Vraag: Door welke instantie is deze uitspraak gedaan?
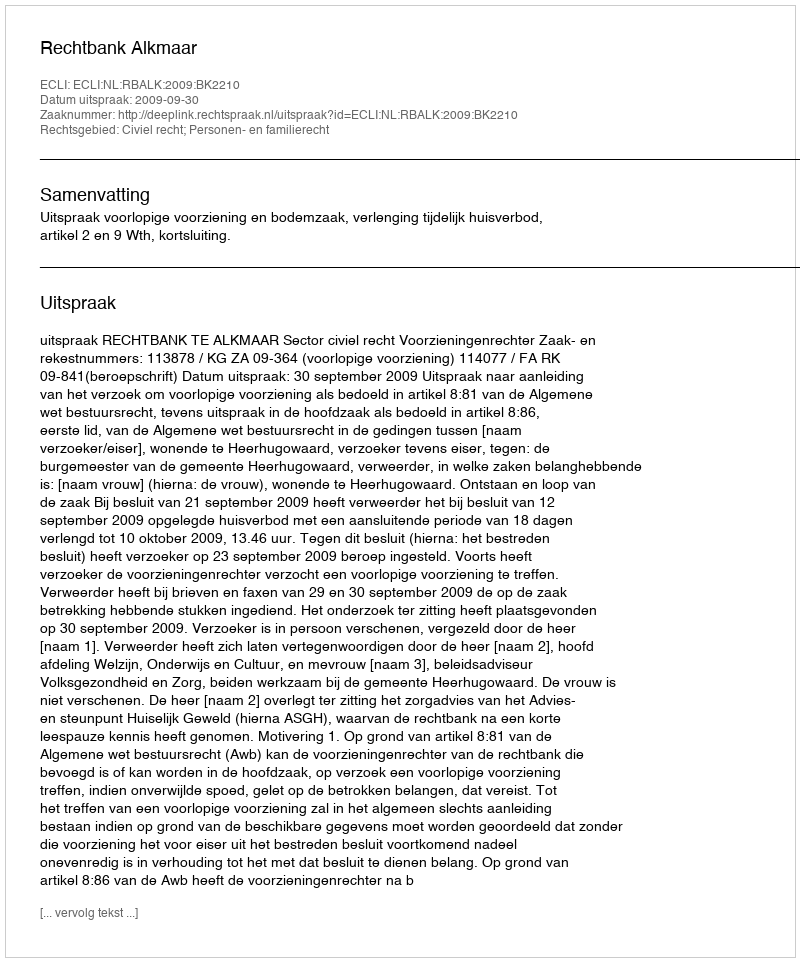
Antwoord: Rechtbank Alkmaar